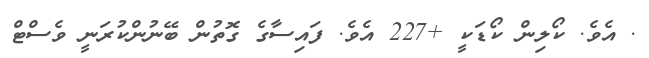
. އެވެ. ކޯލިން ކޯޑަކީ +227 އެވެ. ފައިސާގެ ގޮތުން ބޭނުންކުރަނީ ވެސްޓް